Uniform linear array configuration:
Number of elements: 8
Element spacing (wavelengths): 1
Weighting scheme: uniform
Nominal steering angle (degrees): -60
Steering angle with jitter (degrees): -61.868
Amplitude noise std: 0.05
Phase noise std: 0.05

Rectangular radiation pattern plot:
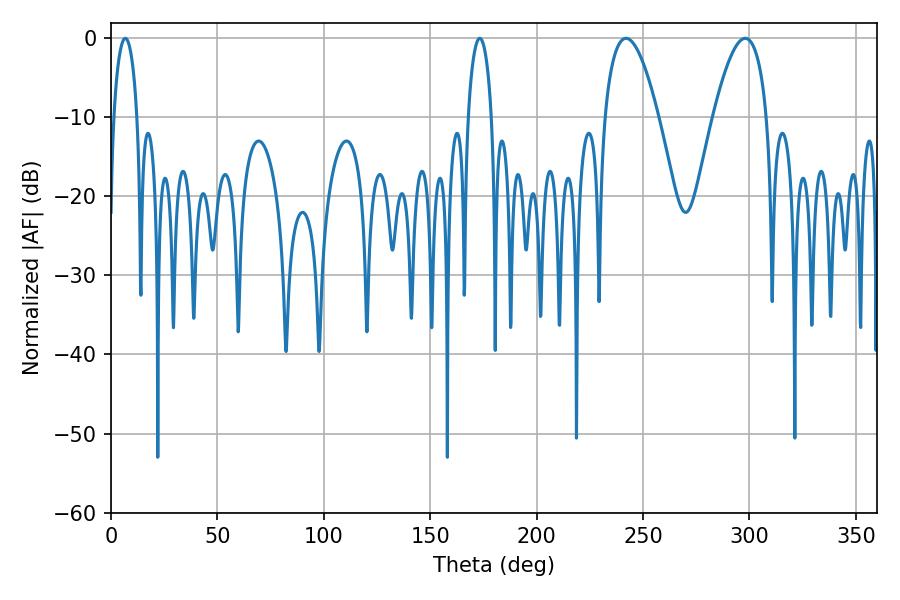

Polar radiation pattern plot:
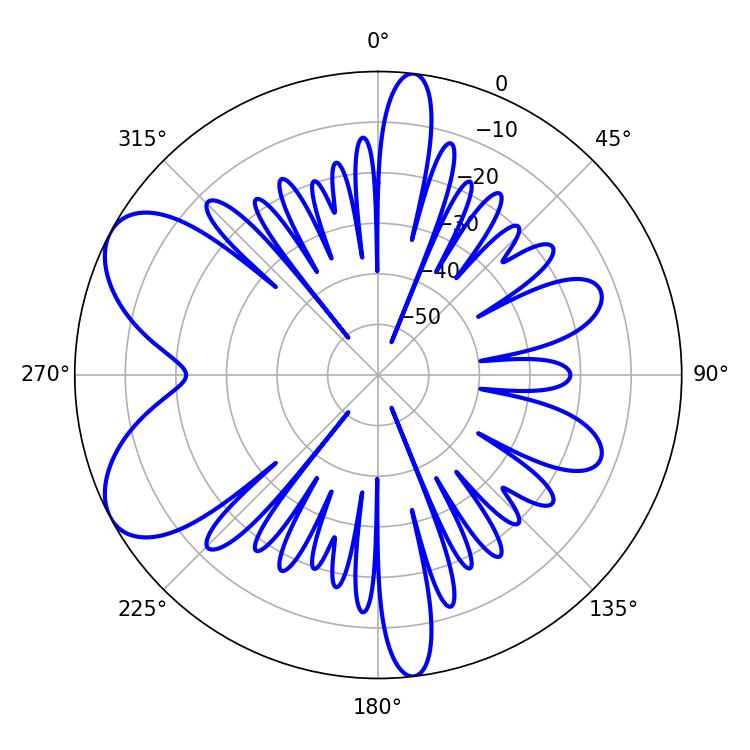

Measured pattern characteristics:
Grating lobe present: TRUE
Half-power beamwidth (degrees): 14.04
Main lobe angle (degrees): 241.92